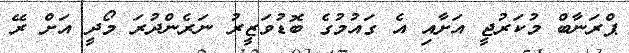
ޕްރަނާބް މުކަރުޖީ އަށާއި އެ ގައުމުގެ ބޮޑުވަޒީރު ނަރެންދުރަ މޯދީ އަށް ރޭ